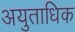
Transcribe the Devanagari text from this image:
अयुताधिक